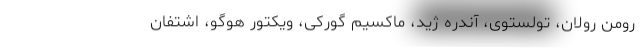
رومن رولان، تولستوی، آندره ژید، ماکسیم گورکی، ویکتور هوگو، اشتفان